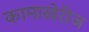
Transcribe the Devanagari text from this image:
कामाखेरीज